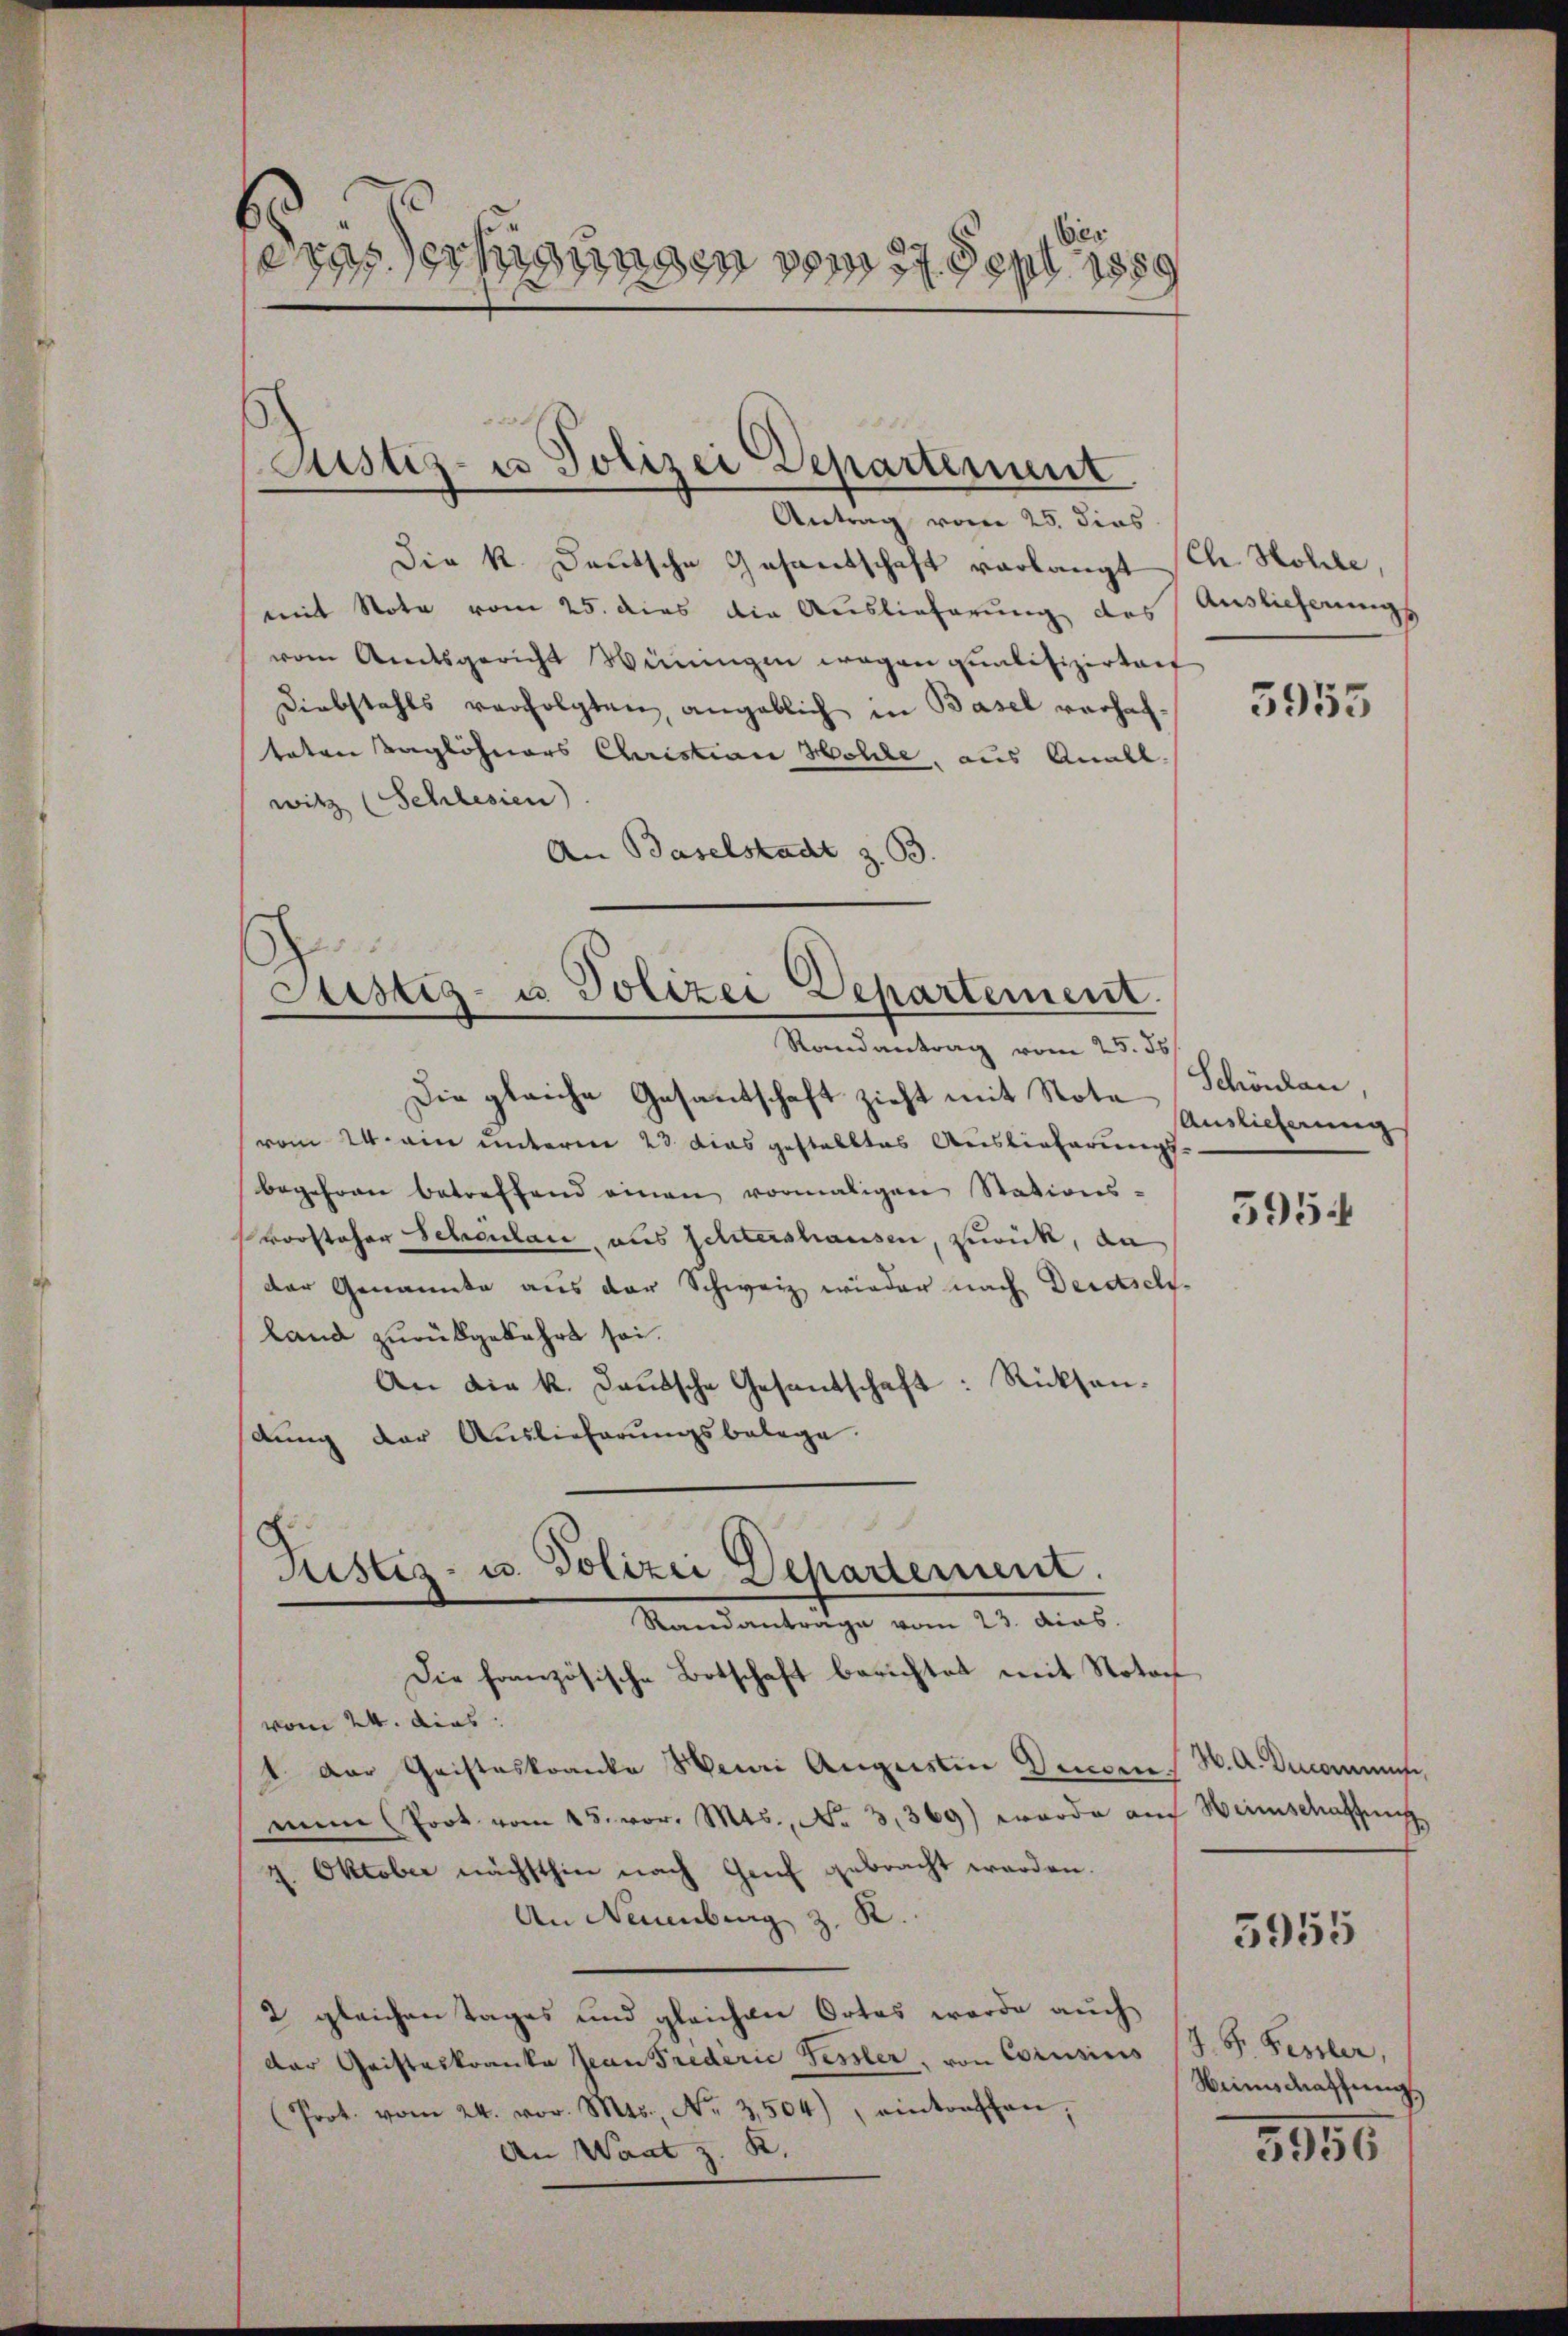
.
es
sehigungen vom 27. Sept. 1889

Die k. Deutsche Gesandschaft vorlangt (Ch. Hohle
mit Note vom 25. dies die Auslieferung des Auslieferungs
vom Amtsgericht Winingen wegen qualifiziertat
Diebstahls verfolgten, angeblich in Basel verhafteten Taglöhners Christian Holle, aus Anall.
witz (Schlesien).
An Baselstadt z. B.

Justiz- u Polizei Departement
Antrag vom 25. dies

¬
Sistig- u. Polizei Departement.
Randantrag vom 25. ds.

Pustes- u. Polizei Departement.
Mandantrage vom 21. dies

Die gleiche Gesantschaft zieht mit Note Schönlau,
vom 24. ein unterm 23 dies gestelltes Auslieferungs
begehren betreffend einen vormaligen Stations-
Vorsteher Scheulan, aus schtershausen, zurück, da
der Genannte aus der Schweiz wieder nach Derdsch¬
Land zurükgekehrt sei.
An die k. Laŭtsche Gesandschaft: Rücksentung der Auslieferungsbelege.

Die französische Botschaft berichtet mit Notach
vom 24. dies
1. Der Geisteskranke Henri Augustin Decors W. A. Ducommute,
mn (Prot. vom 15. vor. Mts., No 3,369) werde auch Heimschaffung
4. Oktober nächsthin nach Genf gebracht worden.
An Neuenburg z. R.
2 gleichen Tages und gleichen Ortes werde auch
der Cristeskranka Jean Predirie Fessler, von Corusius J. P. Fessler,
(Prot. vom 24. vor. Mts., Nr. 3504), eintreffen,
An Wart z. B.

3955

Auslieferung

5954

5955

Heimschaffung,
3956